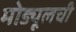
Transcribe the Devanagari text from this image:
मोड्यूलची